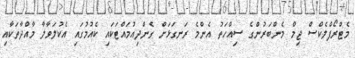
މެޓްރޯފްލެކްސް ޖިމް މެންބަރުންގެ ސިއްހަތު އެންމެ ރަނގަޅަށް ގެންދިއުމައްޓަކައި ކެއުމުގައި އެކުލަވާލާ މާއްދާތަކާއި